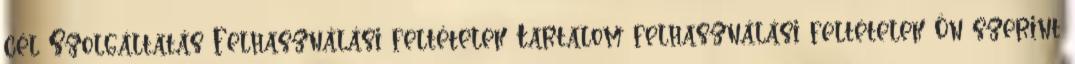
cél Szolgáltatás Felhasználási feltételek Tartalom felhasználási feltételek Ön szerint